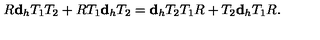
R { \bf d } _ { h } T _ { 1 } T _ { 2 } + R T _ { 1 } { \bf d } _ { h } T _ { 2 } = { \bf d } _ { h } T _ { 2 } T _ { 1 } R + T _ { 2 } { \bf d } _ { h } T _ { 1 } R .